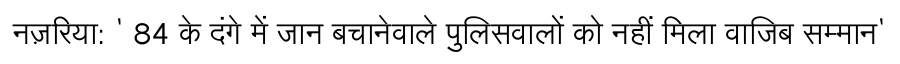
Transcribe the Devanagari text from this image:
नज़रिया: ' 84 के दंगे में जान बचानेवाले पुलिसवालों को नहीं मिला वाजिब सम्मान'